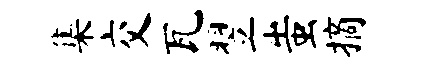
集交瓦翌蚩摘